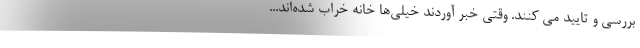
بررسی و تایید می کنند. وقتی خبر آوردند خیلی‌ها خانه خراب شده‌اند...